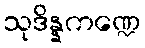
သုဒိန္နကဏ္ဍေ